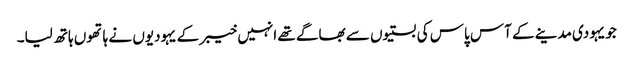
جویہودی مدینے کے آس پاس کی بستیوں سے بھاگے تھے انہیں خیبر کے یہودیوں نے ہاتھوں ہاتھ لیا۔